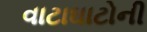
વાટાઘાટોની